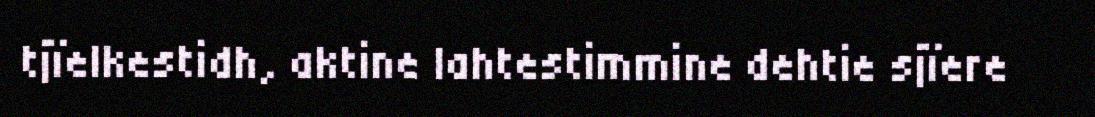
tjïelkestidh, aktine lahtestimmine dehtie sjïere